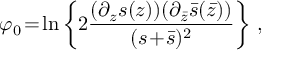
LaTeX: \varphi _ { 0 } \! = \! \ln \left\{ 2 \frac { ( \partial _ { z } s ( z ) ) ( \partial _ { \bar { z } } \bar { s } ( \bar { z } ) ) } { ( s \! + \! \bar { s } ) ^ { 2 } } \right\} \, ,